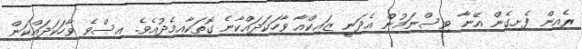
ރެއިން ފެށިގެން އޭނާ ވިސްނަމުން އެދަނީ ޒައިކްއާ ވާހަކަދައްކާނެ ގޮތަކާއިމެދުއެވެ. އިސްވެ ވާހަކަދައްކަން